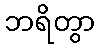
ဘရိတွာ